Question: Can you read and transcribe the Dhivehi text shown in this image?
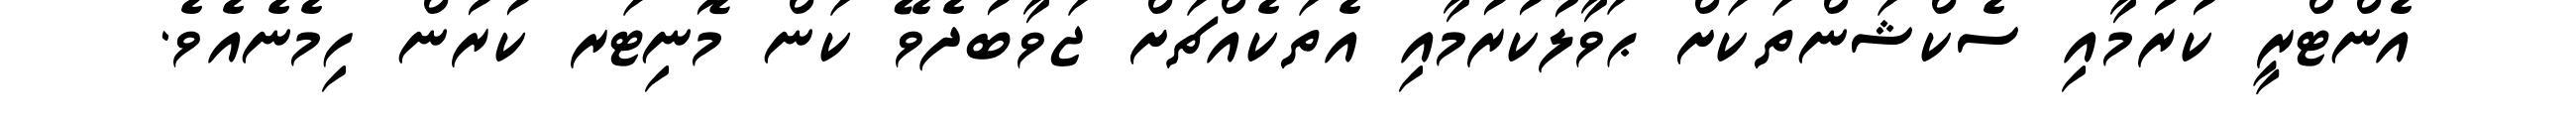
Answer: އެންޓްރީ ކުރުމާއި ސެކްޝަންތަކަށް ޙަވާލުކުރުމާއި އެތަކެއްޗަށް ޖަވާބުދެވޭ ކަން މޮނިޓަރ ކުރުން ހިމެނެއެވެ.